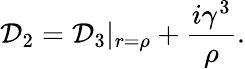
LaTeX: {\cal D}_{2}={\cal D}_{3}|_{r={\rho}}+\frac{i{\gamma}^{3}}{\rho}.